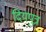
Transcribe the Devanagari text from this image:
दियपुत्र